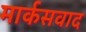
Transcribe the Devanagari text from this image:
मार्कसवाद